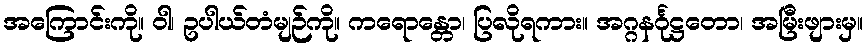
အကြောင်းကို။ ဝါ၊ ဥပါယ်တံမျဉ်ကို။ ကရောန္တော၊ ပြလိုရကား။ အဂ္ဂနင်္ဂုဋ္ဌတော၊ အမြီးဖျားမှ။